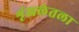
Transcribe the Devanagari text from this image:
शृंखलेतला